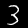
Label: 3